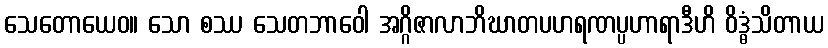
သေတောယေဝ။ သော စဿ သေတဘာဝေါ အဂ္ဂိဇာလာဘိဃာတပဟရဏပ္ပဟာရာဒီဟိ ဝိဒ္ဓံသိတာယ